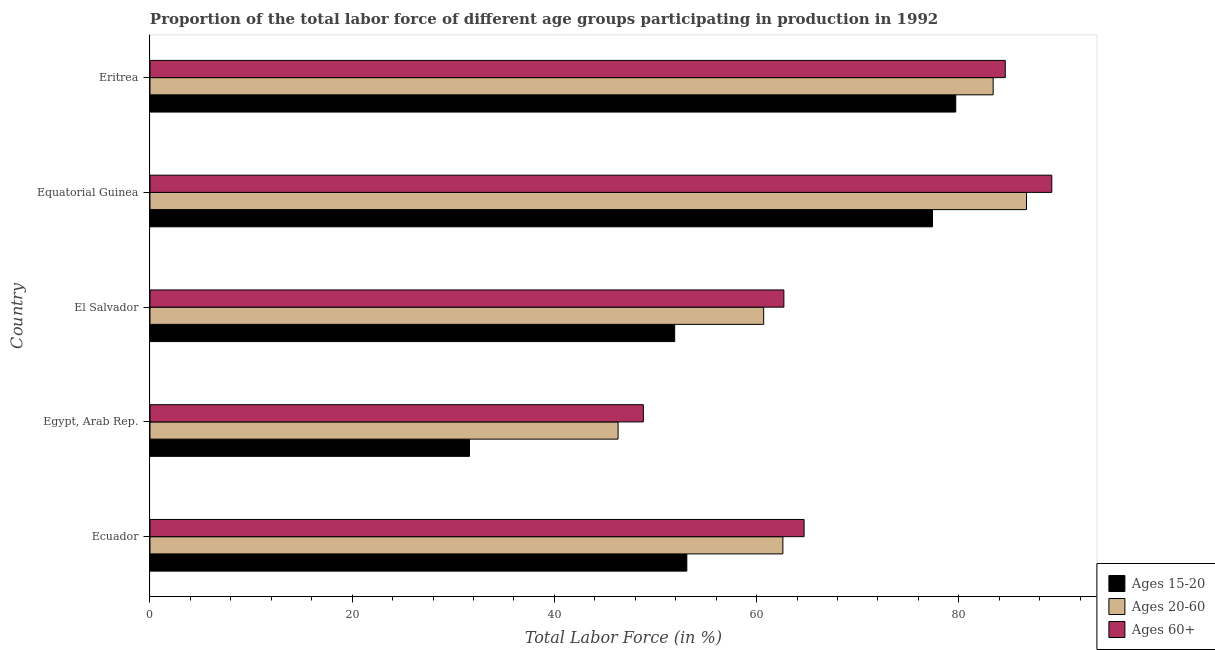
| Country | Ages 15-20 | Ages 20-60 | Ages 60+ |
 | --- | --- | --- | --- |
 | Ecuador | 53.1 | 62.6 | 64.7 |
 | Egypt, Arab Rep. | 31.6 | 46.3 | 48.8 |
 | El Salvador | 51.9 | 60.7 | 62.7 |
 | Equatorial Guinea | 77.4 | 86.7 | 89.2 |
 | Eritrea | 79.7 | 83.4 | 84.6 |